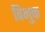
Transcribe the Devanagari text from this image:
विभुक्त